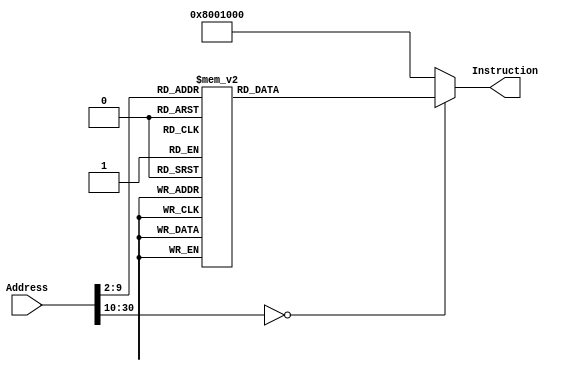
module InstructMem(Address, Instruction);
	input [31:0] Address;
	output reg [31:0] Instruction;
	
	always @(*)
	case(Address[30:2])	//Address Must Be Word Aligned.
		0: Instruction <= 32'b00001000000000000000000000000011;
		1: Instruction <= 32'b00001000000000000000000001010011;
		2: Instruction <= 32'b00001000000000000000000001111100;
		3: Instruction <= 32'b00111100000100010100000000000000;
		4: Instruction <= 32'b00111100000111010000000000000000;
		5: Instruction <= 32'b00100011101111010000001111111100;
		6: Instruction <= 32'b00111100000100100000000000000000;
		7: Instruction <= 32'b00100000000010010000000001000000;
		8: Instruction <= 32'b10101110010010010000000000000000;
		9: Instruction <= 32'b00100000000010010000000001111001;
		10: Instruction <= 32'b10101110010010010000000000000100;
		11: Instruction <= 32'b00100000000010010000000000100100;
		12: Instruction <= 32'b10101110010010010000000000001000;
		13: Instruction <= 32'b00100000000010010000000000110000;
		14: Instruction <= 32'b10101110010010010000000000001100;
		15: Instruction <= 32'b00100000000010010000000000011001;
		16: Instruction <= 32'b10101110010010010000000000010000;
		17: Instruction <= 32'b00100000000010010000000000010010;
		18: Instruction <= 32'b10101110010010010000000000010100;
		19: Instruction <= 32'b00100000000010010000000000000010;
		20: Instruction <= 32'b10101110010010010000000000011000;
		21: Instruction <= 32'b00100000000010010000000001111000;
		22: Instruction <= 32'b10101110010010010000000000011100;
		23: Instruction <= 32'b00100000000010010000000000000000;
		24: Instruction <= 32'b10101110010010010000000000100000;
		25: Instruction <= 32'b00100000000010010000000000010000;
		26: Instruction <= 32'b10101110010010010000000000100100;
		27: Instruction <= 32'b00100000000010010000000000001000;
		28: Instruction <= 32'b10101110010010010000000000101000;
		29: Instruction <= 32'b00100000000010010000000000000011;
		30: Instruction <= 32'b10101110010010010000000000101100;
		31: Instruction <= 32'b00100000000010010000000001000110;
		32: Instruction <= 32'b10101110010010010000000000110000;
		33: Instruction <= 32'b00100000000010010000000000100001;
		34: Instruction <= 32'b10101110010010010000000000110100;
		35: Instruction <= 32'b00100000000010010000000000000110;
		36: Instruction <= 32'b10101110010010010000000000111000;
		37: Instruction <= 32'b00100000000010010000000000001110;
		38: Instruction <= 32'b10101110010010010000000000111100;
		39: Instruction <= 32'b00111100000010010000000000000000;
		40: Instruction <= 32'b10101110001010010000000000001000;
		41: Instruction <= 32'b00111100000010100000000000000000;
		42: Instruction <= 32'b00100001001010101111111110000000;
		43: Instruction <= 32'b10101110001010100000000000000000;
		44: Instruction <= 32'b00111100000010010000000000000000;
		45: Instruction <= 32'b00100001001010011111111100000000;
		46: Instruction <= 32'b10101110001010010000000000000100;
		47: Instruction <= 32'b00111100000010010000000000000000;
		48: Instruction <= 32'b00100001001010010000000000000011;
		49: Instruction <= 32'b10101110001010010000000000001000;
		50: Instruction <= 32'b00111100000010100000000000000000;
		51: Instruction <= 32'b00100001010010100000000000010011;
		52: Instruction <= 32'b10101110001010100000000000100000;
		53: Instruction <= 32'b10001110001010100000000000100000;
		54: Instruction <= 32'b00110001010010010000000000001000;
		55: Instruction <= 32'b00010001001000001111111111111101;
		56: Instruction <= 32'b10001110001101010000000000011100;
		57: Instruction <= 32'b10001110001010100000000000100000;
		58: Instruction <= 32'b00110001010010010000000000001000;
		59: Instruction <= 32'b00010001001000001111111111111101;
		60: Instruction <= 32'b10001110001101100000000000011100;
		61: Instruction <= 32'b00000000000101010010000000100000;
		62: Instruction <= 32'b00000000000101100010100000100000;
		63: Instruction <= 32'b00001100000000000000000001000011;
		64: Instruction <= 32'b10101110001000100000000000011000;
		65: Instruction <= 32'b10101110001000100000000000001100;
		66: Instruction <= 32'b00001000000000000000000001000010;
		67: Instruction <= 32'b00000000100001010100100000101010;
		68: Instruction <= 32'b00010001001000000000000000000011;
		69: Instruction <= 32'b00000000000001010101000000100000;
		70: Instruction <= 32'b00000000000001000010100000100000;
		71: Instruction <= 32'b00000000000010100010000000100000;
		72: Instruction <= 32'b00010000101000000000000000001000;
		73: Instruction <= 32'b00000000100001010100100000101010;
		74: Instruction <= 32'b00010101001000000000000000000010;
		75: Instruction <= 32'b00000000100001010010000000100010;
		76: Instruction <= 32'b00001000000000000000000001001001;
		77: Instruction <= 32'b00000000000001010101000000100000;
		78: Instruction <= 32'b00000000000001000010100000100000;
		79: Instruction <= 32'b00000000000010100010000000100000;
		80: Instruction <= 32'b00001000000000000000000001001000;
		81: Instruction <= 32'b00000000000001000001000000100000;
		82: Instruction <= 32'b00000011111000000000000000001000;
		83: Instruction <= 32'b00100011101111011111111111110100;
		84: Instruction <= 32'b10101111101010010000000000000000;
		85: Instruction <= 32'b10101111101010100000000000000100;
		86: Instruction <= 32'b10101111101010110000000000001000;
		87: Instruction <= 32'b00111100000010010000000000000000;
		88: Instruction <= 32'b00100001001010010000000000000001;
		89: Instruction <= 32'b10101110001010010000000000001000;
		90: Instruction <= 32'b00110010101010010000000000001111;
		91: Instruction <= 32'b00000000000010010100100010000000;
		92: Instruction <= 32'b00000001001100100101000000100000;
		93: Instruction <= 32'b10001101010010110000000000000000;
		94: Instruction <= 32'b00100001011010110000000100000000;
		95: Instruction <= 32'b10101110001010110000000000010100;
		96: Instruction <= 32'b00110010101010010000000011110000;
		97: Instruction <= 32'b00000000000010010100100010000010;
		98: Instruction <= 32'b00000001001100100101000000100000;
		99: Instruction <= 32'b10001101010010110000000000000000;
		100: Instruction <= 32'b00100001011010110000001000000000;
		101: Instruction <= 32'b10101110001010110000000000010100;
		102: Instruction <= 32'b00110010110010010000000000001111;
		103: Instruction <= 32'b00000000000010010100100010000000;
		104: Instruction <= 32'b00000001001100100101000000100000;
		105: Instruction <= 32'b10001101010010110000000000000000;
		106: Instruction <= 32'b00100001011010110000010000000000;
		107: Instruction <= 32'b10101110001010110000000000010100;
		108: Instruction <= 32'b00110010110010010000000011110000;
		109: Instruction <= 32'b00000000000010010100100010000010;
		110: Instruction <= 32'b00000001001100100101000000100000;
		111: Instruction <= 32'b10001101010010110000000000000000;
		112: Instruction <= 32'b00100001011010110000100000000000;
		113: Instruction <= 32'b10101110001010110000000000010100;
		114: Instruction <= 32'b00000000000000000000000000000000;
		115: Instruction <= 32'b00000000000000000000000000000000;
		116: Instruction <= 32'b00000000000000000000000000000000;
		117: Instruction <= 32'b00000000000000000000000000000000;
		118: Instruction <= 32'b00111100000010010000000000000000;
		119: Instruction <= 32'b10101110001010010000000000010100;
		120: Instruction <= 32'b00111100000010100000000000000000;
		121: Instruction <= 32'b00100001010010100000000000000011;
		122: Instruction <= 32'b10101110001010100000000000001000;
		123: Instruction <= 32'b10001111101010110000000000001000;
		124: Instruction <= 32'b10001111101010100000000000000100;
		125: Instruction <= 32'b10001111101010010000000000000000;
		126: Instruction <= 32'b00100011101111010000000000001100;
		127: Instruction <= 32'b00000011010000000000000000001000;
		128: Instruction <= 32'b00000011010000000000000000001000;

		default: Instruction <= 32'h08001000;	// 
		
		endcase
		
endmodule